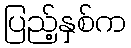
ပြည့်နှစ်က